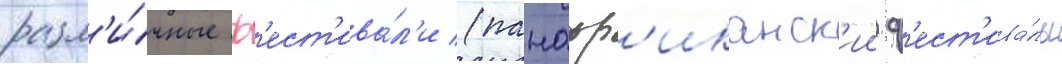
разл'и́чные ф'ест'ива́л'и (панафр'иканск'ии ф'ест'ива́ль